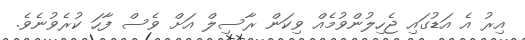
އިރު އެ އަޑުގައި ޖެހިލުންވުމެއް ވިކަން ރާސިލް އަށް ވެސް ފާހަ ކުރެވުނެވެ.